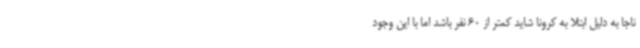
ناجا به دلیل ابتلا به کرونا شاید کمتر از 60 نفر باشد اما با این وجود